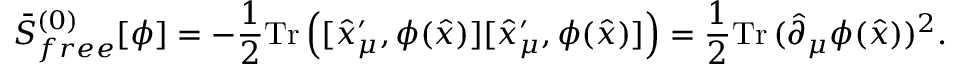
\bar { S } _ { f r e e } ^ { ( 0 ) } [ \phi ] = - { \frac { 1 } { 2 } } \mathrm { T r } \left( [ \hat { x } _ { \mu } ^ { \prime } , \phi ( \hat { x } ) ] [ \hat { x } _ { \mu } ^ { \prime } , \phi ( \hat { x } ) ] \right) = { \frac { 1 } { 2 } } \mathrm { T r } \, ( \hat { \partial } _ { \mu } \phi ( \hat { x } ) ) ^ { 2 } .